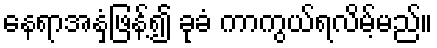
နေရာအနှံ့ဖြန့်၍ ခုခံ ကာကွယ်ရလိမ့်မည်။